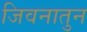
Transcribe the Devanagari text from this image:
जिवनातुन